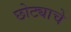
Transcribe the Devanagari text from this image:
छोट्याचे